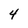
Character: 4